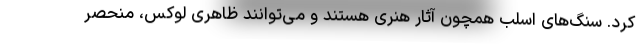
کرد. سنگ‌های اسلب همچون آثار هنری هستند و می‌توانند ظاهری لوکس، منحصر